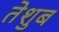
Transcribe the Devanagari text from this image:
तेशुब